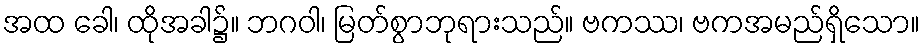
အထ ခေါ၊ ထိုအခါ၌။ ဘဂဝါ၊ မြတ်စွာဘုရားသည်။ ဗကဿ၊ ဗကအမည်ရှိသော။